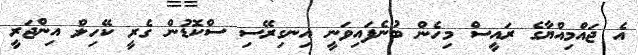
އެ ޖައްމިއްޔާގެ ރައީސް މިހެން ބުނެފައިވަނީ އިނގިރޭސި ސްކޮޑުން ގެރީ ކޭހިލް އިންޖަރީ